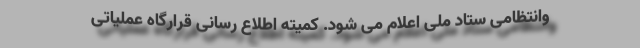
وانتظامی ستاد ملی اعلام می شود. کمیته اطلاع رسانی قرارگاه عملیاتی